Annual report on the Civil Veterinary Department, Burma (including the Insein Veterinary School) - 1910-1922
Year: 1910
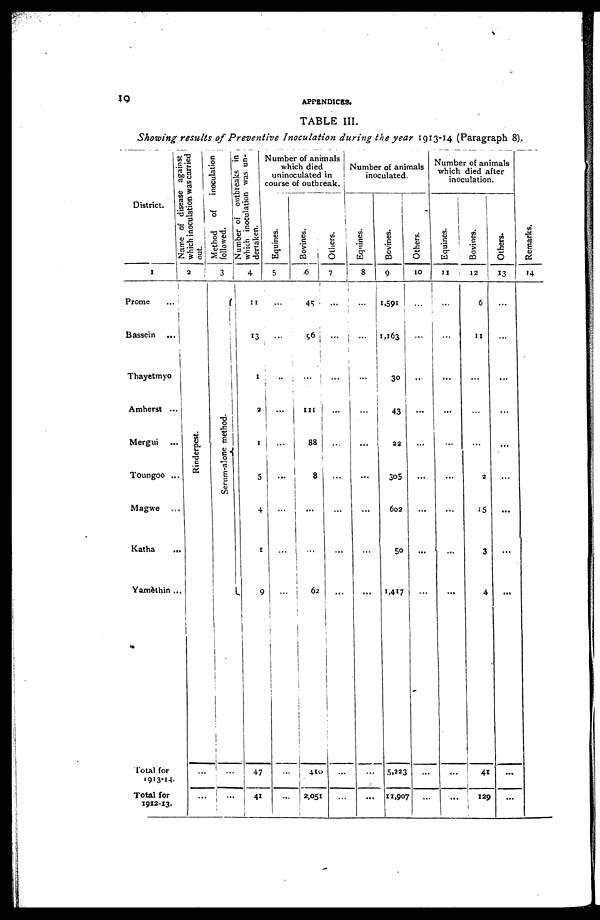
19
APPENDICES.
TABLE III.
Showing results of Preventive Inoculation during the year 1913-14 (Paragraph 8).
District.
1
Prome ...
Bassein ...
Thayetmyo
Amherst ..
Mergui ...
Toungoo ..
Magwe ...
Katha ...
Yamèthin .
Total for
1913-14
Total for
1912-13.
Name of disease against
which inoculation was carried
out.
2
Rinderpest.
...
...
Method
of
inoculation
followed.
3
Serum-alone method.
...
...
Number of outbreaks in
which inoculation was un-
dertaken.
4
11
13
I
2
1
5
4
1
9
47
41
number of animals
which died
uninoculated in
Course of outbreak.
Equines.
5
...
...
...
...
...
...
...
...
...
...
...
Bovines.
6
45
56
...
111
88
1
8
...
...
62
410
2,051
Others.
7
...
...
...
...
...
...
...
...
...
...
...
Number of animals
inoculated.
Equines.
8
...
...
...
...
...
...
...
...
...
...
...
Bovines.
9
1,591
1,163
30
43
22
3o5
602
5o
1,417
5,223
11,907
Others.
10
...
...
...
...
...
...
...
...
...
...
number of animals
which died after
inoculation.
Equines.
11
...
...
...
...
...
...
...
...
...
...
...
Bovines.
12
6
11
...
...
...
2
15
3
4
41
129
i
Others.
13
...
...
...
...
...
...
...
...
...
...
...
Remarks.
14